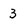
Character: 3